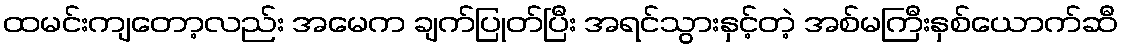
ထမင်းကျတော့လည်း အမေက ချက်ပြုတ်ပြီး အရင်သွားနှင့်တဲ့ အစ်မကြီးနှစ်ယောက်ဆီ